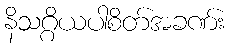
နိသဂ္ဂိယပါစိတ်အခဏ်း